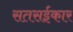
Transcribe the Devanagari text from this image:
सतसईकार